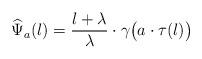
LaTeX: \begin{align*}\widehat\Psi_a(l)=\frac{l+\lambda}{\lambda}\cdot\gamma\bigl(a\cdot\tau(l)\bigr)\end{align*}